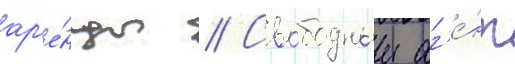
ар'е́нды // Свободныи аг'е́нт